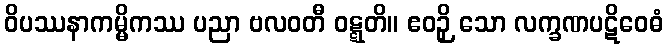
ဝိပဿနာကမ္မိကဿ ပညာ ဗလဝတီ ဝဋ္ဋတိ။ ဧဝဉှိ သော လက္ခဏပဋိဝေဓံ